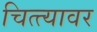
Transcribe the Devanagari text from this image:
चित्त्यावर